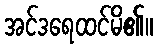
အင်ဒရေထင်မိ၏။